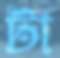
টা